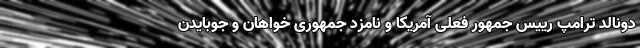
دونالد ترامپ رییس جمهور فعلی آمریکا و نامزد جمهوری خواهان و جوبایدن